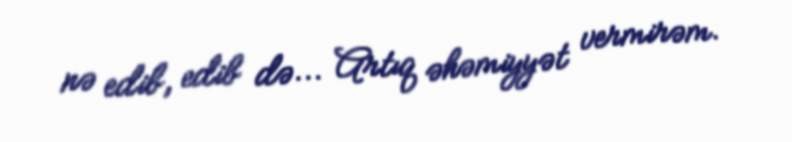
nə edib, edib də... Artıq əhəmiyyət vermirəm.